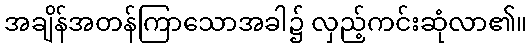
အချိန်အတန်ကြာသောအခါ၌ လှည့်ကင်းဆုံလာ၏။